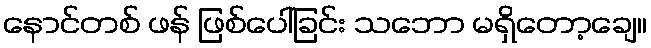
နောင်တစ် ဖန် ဖြစ်ပေါ်ခြင်း သဘော မရှိတော့ချေ။